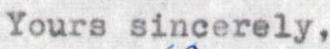
Yours sincerely,